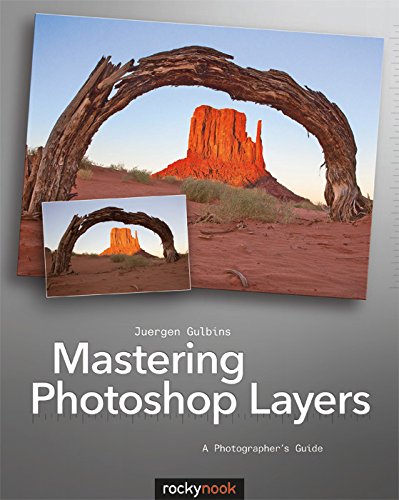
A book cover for Mastering Photoshop Layers: A Photographer's Guide; Juergen Gulbins; Computers & Technology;